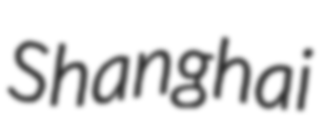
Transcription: Shanghai